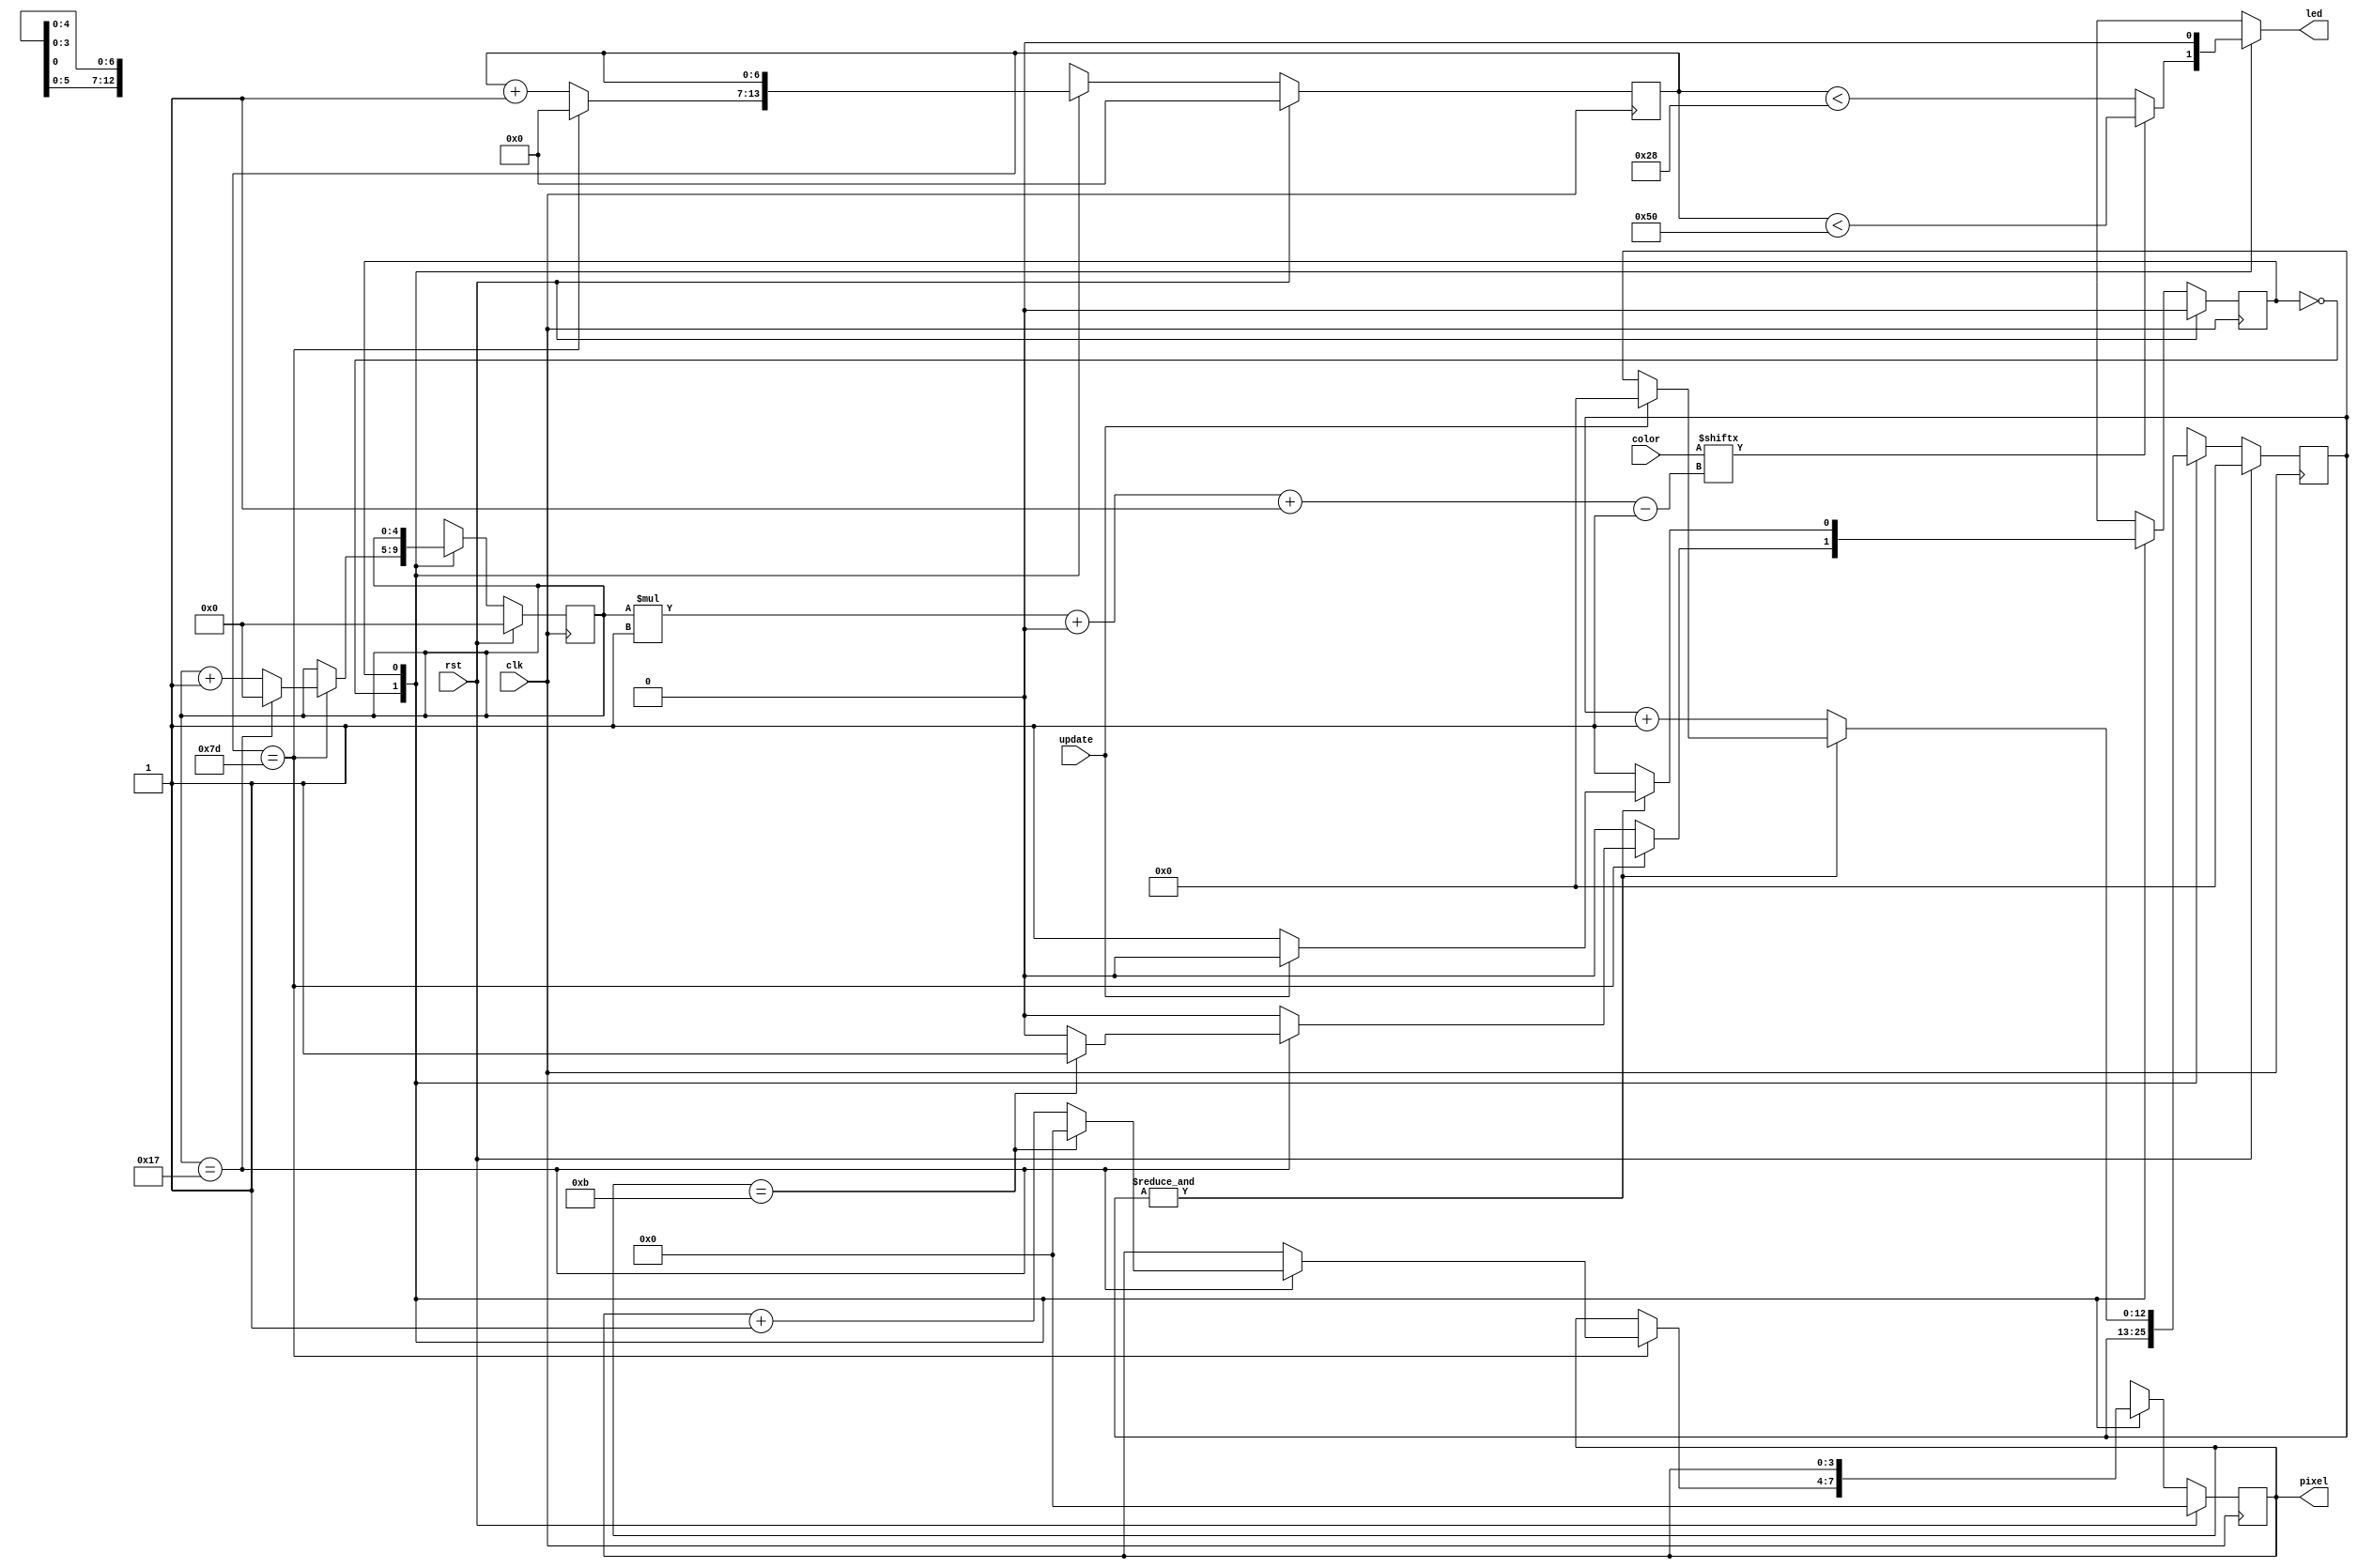
/*
   This file was generated automatically by Alchitry Labs version 1.2.7.
   Do not edit this file directly. Instead edit the original Lucid source.
   This is a temporary file and any changes made to it will be destroyed.
*/

/*
   Parameters:
     PIXEL_COUNT = 12
*/
module display_21 (
    input clk,
    input rst,
    input update,
    input [95:0] color,
    output reg [3:0] pixel,
    output reg led
  );
  
  localparam PIXEL_COUNT = 4'hc;
  
  
  localparam SEND_PIXEL_state = 1'd0;
  localparam RESET_state = 1'd1;
  
  reg M_state_d, M_state_q = SEND_PIXEL_state;
  reg [3:0] M_pixel_ctr_d, M_pixel_ctr_q = 1'h0;
  reg [4:0] M_bit_ctr_d, M_bit_ctr_q = 1'h0;
  reg [6:0] M_ctr_d, M_ctr_q = 1'h0;
  reg [12:0] M_rst_ctr_d, M_rst_ctr_q = 1'h0;
  
  always @* begin
    M_state_d = M_state_q;
    M_ctr_d = M_ctr_q;
    M_bit_ctr_d = M_bit_ctr_q;
    M_rst_ctr_d = M_rst_ctr_q;
    M_pixel_ctr_d = M_pixel_ctr_q;
    
    led = 1'h0;
    pixel = M_pixel_ctr_q;
    
    case (M_state_q)
      SEND_PIXEL_state: begin
        if (color[(M_bit_ctr_q)*1+0-:1]) begin
          led = M_ctr_q < 7'h50;
        end else begin
          led = M_ctr_q < 6'h28;
        end
        M_ctr_d = M_ctr_q + 1'h1;
        if (M_ctr_q == 7'h7d) begin
          M_ctr_d = 1'h0;
          M_bit_ctr_d = M_bit_ctr_q + 1'h1;
          if (M_bit_ctr_q == 5'h17) begin
            M_bit_ctr_d = 1'h0;
            M_pixel_ctr_d = M_pixel_ctr_q + 1'h1;
            if (M_pixel_ctr_q == 5'h0b) begin
              M_pixel_ctr_d = 1'h0;
              M_state_d = RESET_state;
            end
          end
        end
      end
      RESET_state: begin
        if ((&M_rst_ctr_q)) begin
          if (update) begin
            M_rst_ctr_d = 1'h0;
            M_state_d = SEND_PIXEL_state;
          end
        end else begin
          M_rst_ctr_d = M_rst_ctr_q + 1'h1;
        end
      end
    endcase
  end
  
  always @(posedge clk) begin
    if (rst == 1'b1) begin
      M_pixel_ctr_q <= 1'h0;
      M_bit_ctr_q <= 1'h0;
      M_ctr_q <= 1'h0;
      M_rst_ctr_q <= 1'h0;
      M_state_q <= 1'h0;
    end else begin
      M_pixel_ctr_q <= M_pixel_ctr_d;
      M_bit_ctr_q <= M_bit_ctr_d;
      M_ctr_q <= M_ctr_d;
      M_rst_ctr_q <= M_rst_ctr_d;
      M_state_q <= M_state_d;
    end
  end
  
endmodule